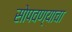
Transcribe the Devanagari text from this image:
सोपवण्याचा